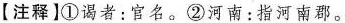
【注释】①谒者：官名。②河南：指河南郡。